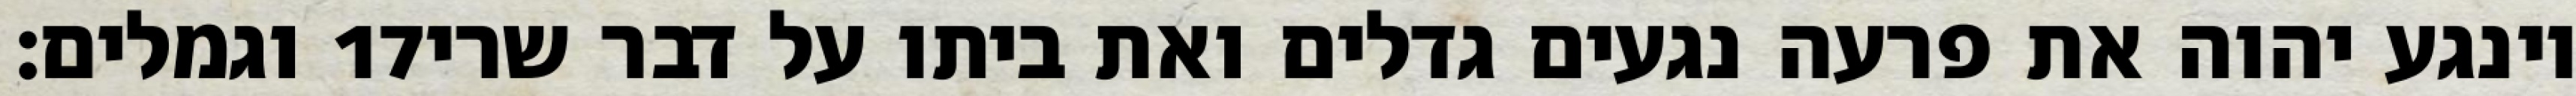
וגמלים׃ ‎17‏ וינגע יהוה את פרעה נגעים גדלים ואת ביתו על דבר שרי